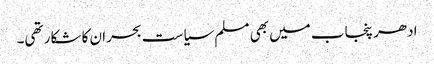
ادھر پنجاب میں بھی مسلم سیاست بحران کا شکار تھی۔